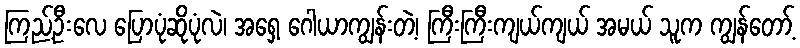
ကြည့်ဦးလေ ပြောပုံဆိုပုံလဲ၊ အရှေ့ ဂေါယာကျွန်းတဲ့၊ ကြီးကြီးကျယ်ကျယ် အမယ် သူက ကျွန်တော့်